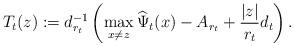
LaTeX: \begin{align*}T_t(z) := d_{r_t}^{-1} \left(\max_{x \neq z} \widehat{\Psi}_t(x) - A_{r_t} + \frac{|z|}{r_t} d_t \right).\end{align*}